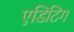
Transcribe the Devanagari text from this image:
एडिटिऺग